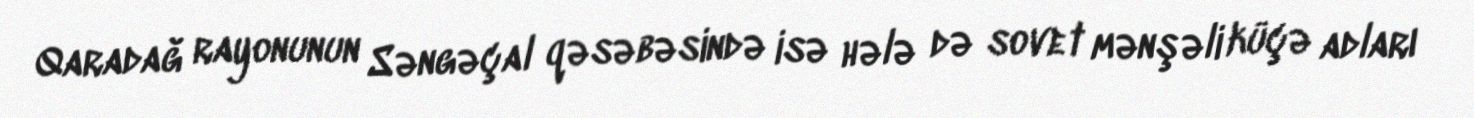
Qaradağ rayonunun Səngəçal qəsəbəsində isə hələ də sovet mənşəli küçə adları